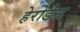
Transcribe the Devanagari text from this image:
हेरोडेस